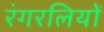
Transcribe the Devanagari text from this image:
रंगरलियों